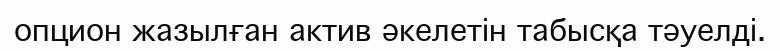
опцион жазылған актив әкелетін табысқа тәуелді.